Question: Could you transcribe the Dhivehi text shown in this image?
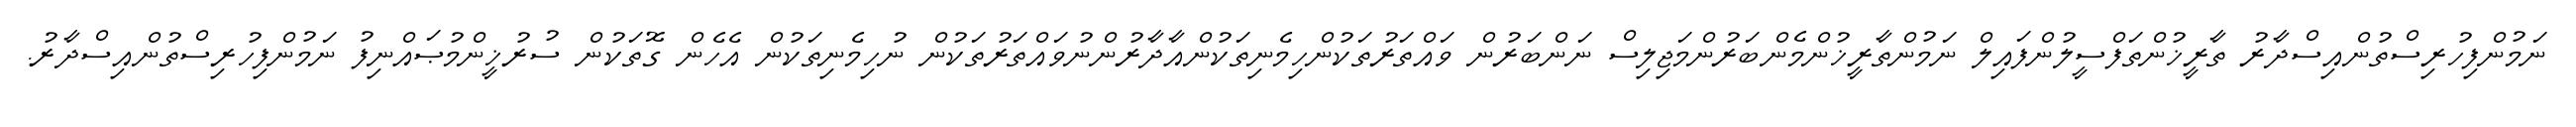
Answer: ނަމުންފިހުރިސްތުންއިސްދާރު ތާރީޚުންތަފްސީލުންފައިލް ނަމުންތާރީޚުންމެންބަރުންމަޖިލިސް ނަންބަރުން ވައްތަރުތަކުންހިމެނިތަކުންއާދާރުންނުވައްތަރުތަކުން ނުހިމެނިތަކުން އެހެން ގޮތަކުން ސުރުޚީންމުޞައްނިފު ނަމުންފިހުރިސްތުންއިސްދާރު.